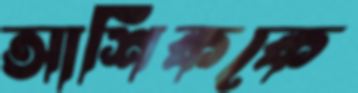
আশিককে